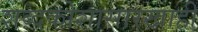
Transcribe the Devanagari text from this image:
शब्दकोशासारखाही